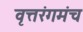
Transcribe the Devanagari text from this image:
वृत्तरंगमंच